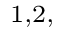
^ { 1 , 2 , }